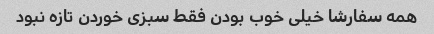
همه سفارشا خیلی خوب بودن فقط سبزی خوردن تازه نبود